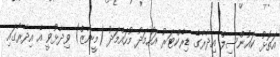
އަތޮޅު ކައުންސިލް އިދާރާގެ ޑިރެކްޓަރު އަހުމަދު މުހައްމަދު (މީނާޒް) ވިދާޅުވީ އެ އިދާރާގައި